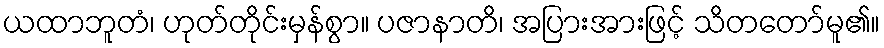
ယထာဘူတံ၊ ဟုတ်တိုင်းမှန်စွာ။ ပဇာနာတိ၊ အပြားအားဖြင့် သိတတော်မူ၏။